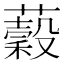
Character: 𧂣